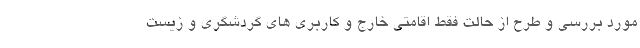
مورد بررسی و طرح از حالت فقط اقامتی خارج و کاربری های گردشگری و زیست